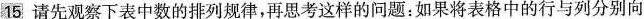
15请先观察下表中数的排列规律，再思考这样的问题：如果将表格中的行与列分别向